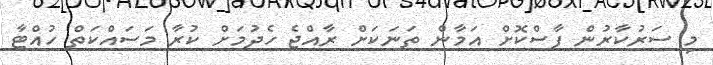
މި ސަރުކާރުން ފާސްކޮށް އަމާން ތަނަކަށް ރާއްޖެ ހެދުމަށް ކުރާ މަސައްކަތް ހުއްޓާ